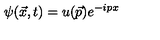
\psi ( \vec { x } , t ) = u ( \vec { p } ) e ^ { - i p x }